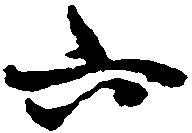
六